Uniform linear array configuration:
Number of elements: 32
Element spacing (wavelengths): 0.25
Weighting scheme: hann
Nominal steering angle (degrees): -15
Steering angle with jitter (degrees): -14.917
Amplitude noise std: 0.05
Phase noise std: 0.05

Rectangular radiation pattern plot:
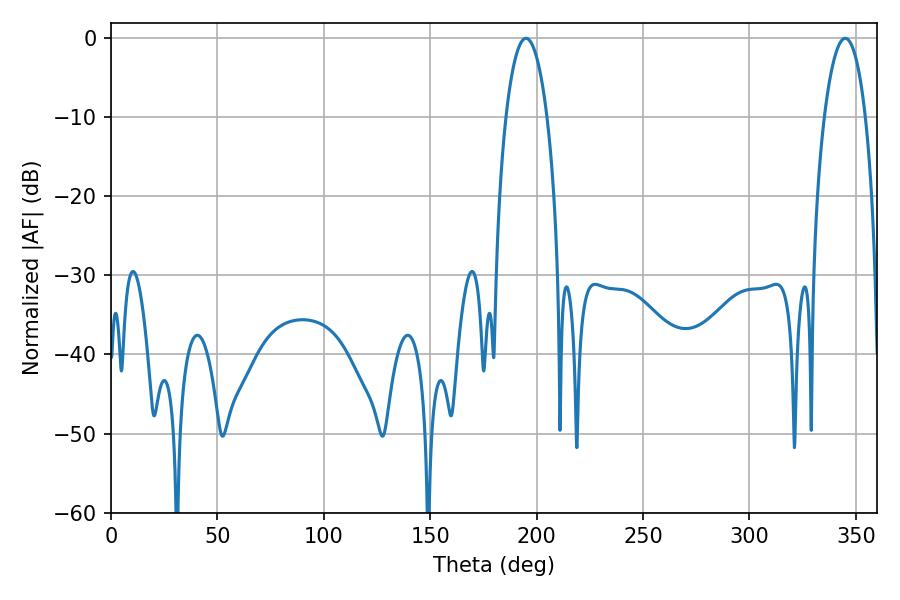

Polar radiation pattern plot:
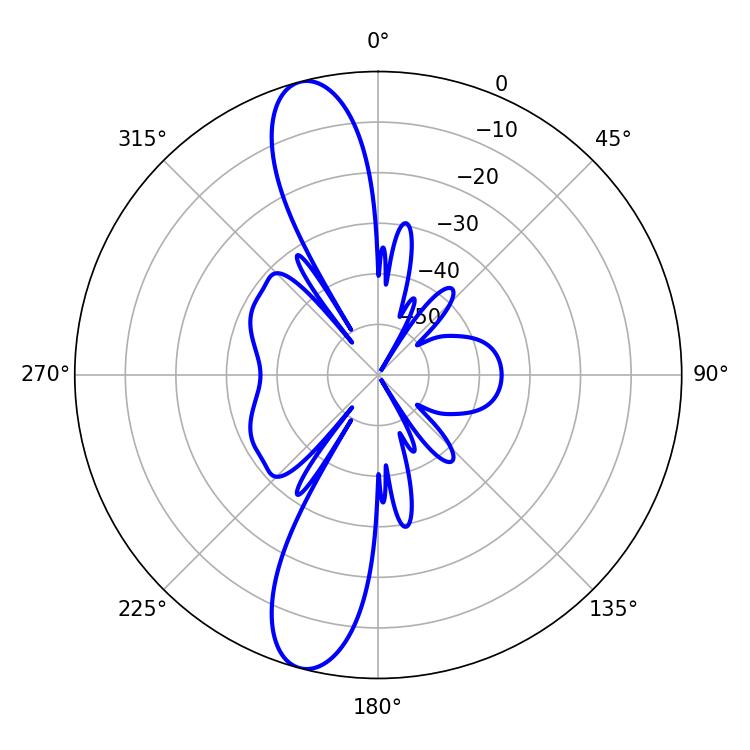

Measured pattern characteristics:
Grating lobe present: FALSE
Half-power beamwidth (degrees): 10.8
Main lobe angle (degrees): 194.94